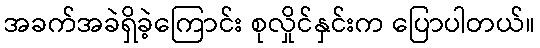
အခက်အခဲရှိခဲ့ကြောင်း စုလှိုင်နှင်းက ပြောပါတယ်။